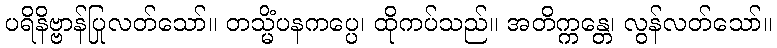
ပရိနိဗ္ဗာန်ပြုလတ်သော်။ တသ္မိံပနကပ္ပေ၊ ထိုကပ်သည်။ အတိက္ကန္တေ၊ လွန်လတ်သော်။